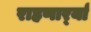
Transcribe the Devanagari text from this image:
राहणार्र्या